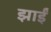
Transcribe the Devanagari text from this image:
झाईं